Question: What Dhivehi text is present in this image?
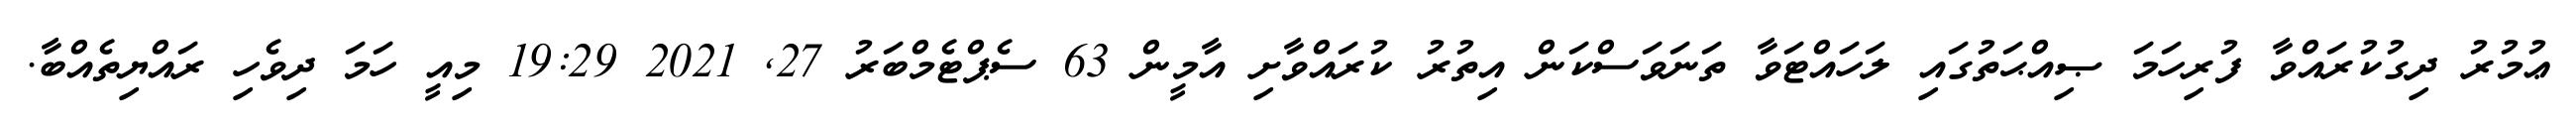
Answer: ޢުމުރު ދިގުކުރައްވާ ފުރިހަމަ ޞިއްޙަތުގައި ލަހައްޓަވާ ތަނަވަސްކަން އިތުރު ކުރައްވާށި އާމީން 63 ސެޕްޓެމްބަރު 27, 2021 19:29 މިއީ ހަމަ ދިވެހި ރައްޔިތެއްބާ.